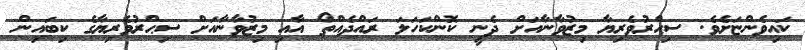
ކައިވެންޏަށެވެ. ސިޙްރުވެރިޔާ މިޒުވާނާއަށް ދެނީ ކޮންކަހަލަ ރައްދެއްތޯ އާއި މިޒުވާނާއަށް ސިޙްރުވެރިޔާގެ ކިބައިން